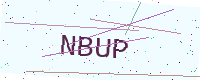
Text: NBUP